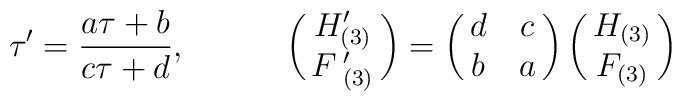
\tau'=\frac{a\tau+b}{c\tau+d}, \quad \quad \quad \pmatrix{H'_{(3)} \cr F\,'_{(3)}\cr}= \pmatrix{d & c \cr b & a\cr} \pmatrix{H_{(3)} \cr F_{(3)}\cr}\